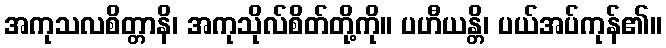
အကုသလစိတ္တာနိ၊ အကုသိုလ်စိတ်တို့ကို။ ပဟီယန္တိ၊ ပယ်အပ်ကုန်၏။